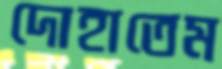
দোহাতেম